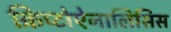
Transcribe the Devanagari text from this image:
क्रिप्टोऐनालिसिस